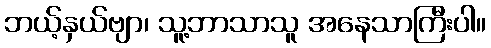
ဘယ့်နှယ်ဗျာ၊ သူ့ဘာသာသူ အနေသာကြီးပါ။